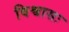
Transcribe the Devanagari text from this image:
विश्वासः